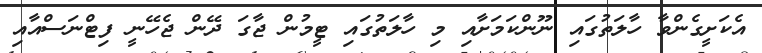
އެކަށީގެންވާ ހާލަތުގައި ނޫންކަމަށާއި މި ހާލަތުގައި ޓީމުން ޖާގަ ދޭން ޖެހޭނީ ފިޓްނަސްއާއި